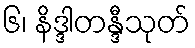
၆၊ နိဒ္ဒါတန္ဒီသုတ်